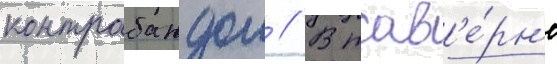
контрабандои // В тав'е́рн'е